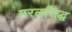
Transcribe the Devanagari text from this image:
मरळसिद्ध